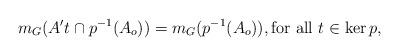
LaTeX: \begin{align*}m_G(A' t \cap p^{-1}(A_o)) = m_G(p^{-1}(A_o)), \textrm{for all $t \in \ker p$},\end{align*}